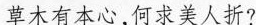
草木有本心，何求美人折?